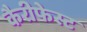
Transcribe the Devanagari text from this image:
कैरीफेस्ट